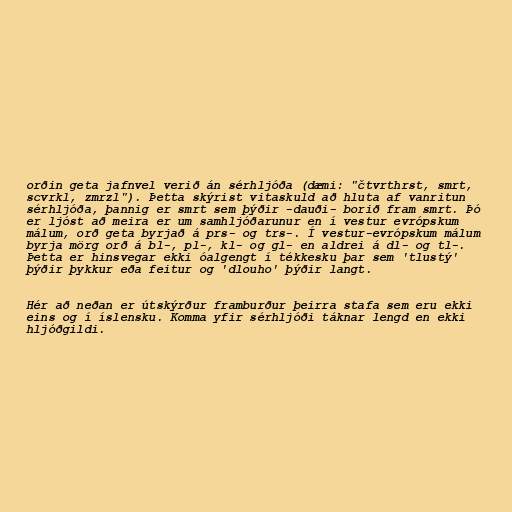
orðin geta jafnvel verið án sérhljóða (dæmi: "čtvrthrst, smrt,
scvrkl, zmrzl"). Þetta skýrist vitaskuld að hluta af vanritun
sérhljóða, þannig er smrt sem þýðir -dauði- borið fram smrt. Þó
er ljóst að meira er um samhljóðarunur en í vestur evrópskum
málum, orð geta byrjað á prs- og trs-. Í vestur-evrópskum málum
byrja mörg orð á bl-, pl-, kl- og gl- en aldrei á dl- og tl-.
Þetta er hinsvegar ekki óalgengt í tékkesku þar sem 'tlustý'
þýðir þykkur eða feitur og 'dlouho' þýðir langt.

Hér að neðan er útskýrður framburður þeirra stafa sem eru ekki
eins og í íslensku. Komma yfir sérhljóði táknar lengd en ekki
hljóðgildi.